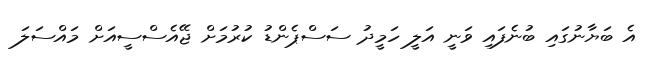
އެ ބަޔާނުގައި ބުނެފައި ވަނީ އަލީ ހަމީދު ސަސްޕެންޑު ކުރުމަށް ޖޭއެސްސީއަށް މައްސަލަ